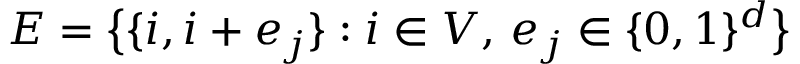
E = \big \{ \{ i , i + e _ { j } \} : i \in V , \, e _ { j } \in \{ 0 , 1 \} ^ { d } \big \}